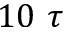
1 0 ~ \tau